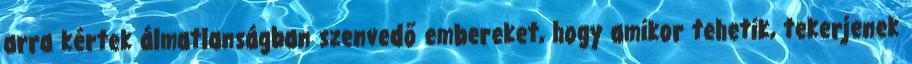
arra kértek álmatlanságban szenvedő embereket, hogy amikor tehetik, tekerjenek